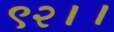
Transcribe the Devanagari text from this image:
९२।।